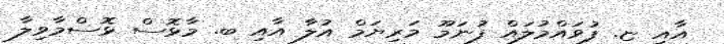
އާއި ޏ. ފުވައްމުލައް ފުނަމޫ މަރިޔަމް އުލާ އާއި ބ. މާޅޮސް ޅޮސްމާވިލާ